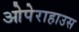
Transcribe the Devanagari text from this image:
ओपेराहाउस